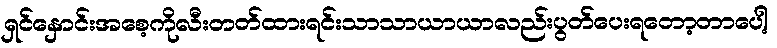
ရှင်နှောင်းအစေ့ကိုလီးတတ်ထားရင်းသာသာယာယာလည်းပွတ်ပေးရတော့တာပေါ့